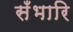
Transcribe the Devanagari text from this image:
सँभारि